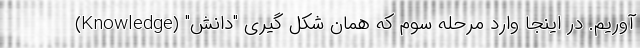
آوریم. در اینجا وارد مرحله سوم که همان شکل گیری "دانش" (Knowledge)